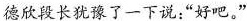
德欣段长犹豫了一下说:“好吧。”